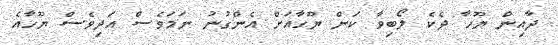
ދާއިން ޔޫހާ ދެކެ ލޯބިވާ ކަން ޔޫހާއަށް އެންގުނު ނަމަވެސް އަދިވެސް ޔޫހާއެ